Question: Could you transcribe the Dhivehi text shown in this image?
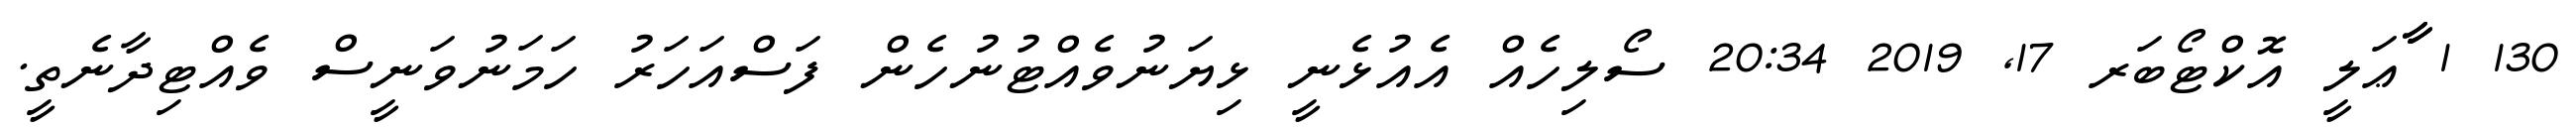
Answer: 130 1 ާާާޢަލީ އޮކްޓޯބަރ 17, 2019 20:34 ސޯލިހެއް އެއުޅެނީ ޅިޔަނުވެއްޓުނުހެން ފަސްއަހަރު ހަމަނުވަނީސް ވެއްޓިދާނެތީ.